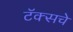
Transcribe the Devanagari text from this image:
टॅक्सचे